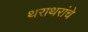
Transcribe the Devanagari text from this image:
थराथरांचे